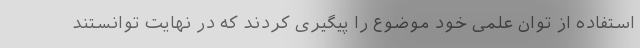
استفاده از توان علمی خود موضوع را پیگیری کردند که در نهایت توانستند